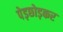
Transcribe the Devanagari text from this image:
पेड़छोड़कर